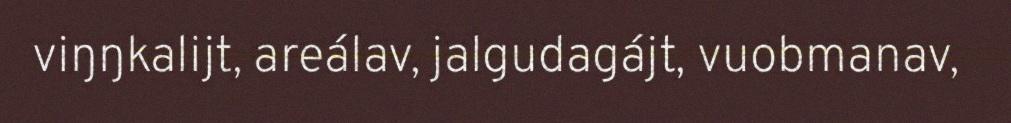
viŋŋkalijt, areálav, jalgudagájt, vuobmanav,